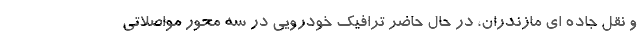
و نقل جاده ای مازندران، در حال حاضر ترافیک خودرویی در سه محور مواصلاتی